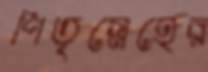
পিতৃস্নেহের